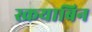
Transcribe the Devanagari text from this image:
स्क्रयाबिन